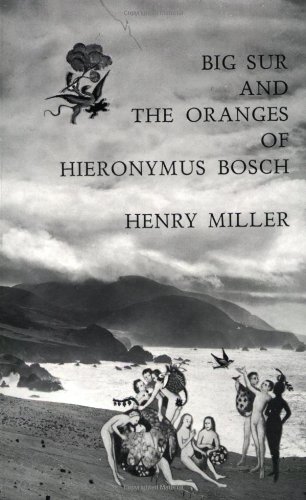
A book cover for Big Sur and the Oranges of Hieronymus Bosch; Henry Miller; Biographies & Memoirs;